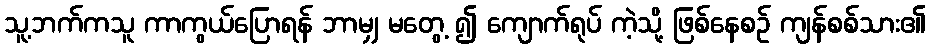
သူ့ဘက်ကသူ ကာကွယ်ပြောရန် ဘာမျှ မတွေ့ ၍ ကျောက်ရုပ် ကဲ့သို့ ဖြစ်နေစဉ် ကျန်စစ်သား၏